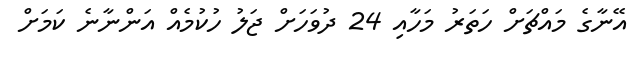
އޭނާގެ މައްޗަށް ހަތަރު މަހާއި 24 ދުވަހަށް ޖަލު ހުކުމެއް އަންނާނެ ކަމަށް